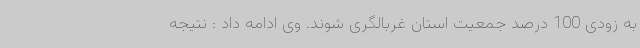
به زودی 100 درصد جمعیت استان غربالگری شوند. وی ادامه داد : نتیجه